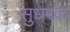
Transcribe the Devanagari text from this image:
सुधरक